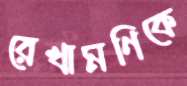
রেখামণিকে